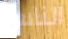
الناس